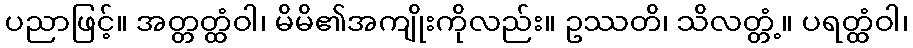
ပညာဖြင့်။ အတ္တတ္ထံဝါ၊ မိမိ၏အကျိုးကိုလည်း။ ဥဿတိ၊ သိလတ္တံ့။ ပရတ္ထံဝါ၊